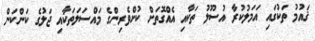
ޤައުމު ތަކުގައި އަމަލުކުރާ އުސޫލު ތަކާއި އެއްގޮތަށް ކުށްވެރިންގެ މައްސަލަތަކާއި ޖަލުގެ ކަންކަން